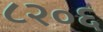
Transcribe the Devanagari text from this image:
८२०६